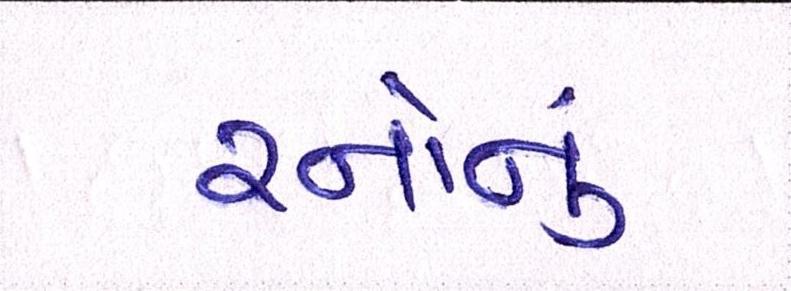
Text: રનોનું